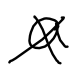
Text: a
Cross-out: cross
Writing tool: digital_black